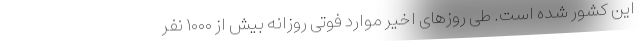
این کشور شده است. طی روزهای اخیر موارد فوتی روزانه بیش از ۱۰۰۰ نفر